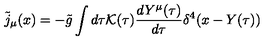
{ \tilde { j } } _ { \mu } ( x ) = - { \tilde { g } } \int d \tau { \cal K } ( \tau ) \frac { d Y ^ { \mu } ( \tau ) } { d \tau } \delta ^ { 4 } ( x - Y ( \tau ) )